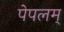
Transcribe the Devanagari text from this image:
पेपलम्